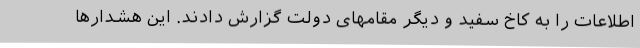
اطلاعات را به کاخ سفید و دیگر مقامهای دولت گزارش دادند. این هشدارها